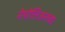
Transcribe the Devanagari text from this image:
नेपोलिअनच्या